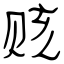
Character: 赅